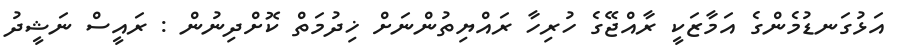
އަޅުގަނޑުމެންގެ އަމާޒަކީ ރާއްޖޭގެ ހުރިހާ ރައްޔިތުންނަށް ޚިދުމަތް ކޮށްދިނުން : ރައީސް ނަޝީދު